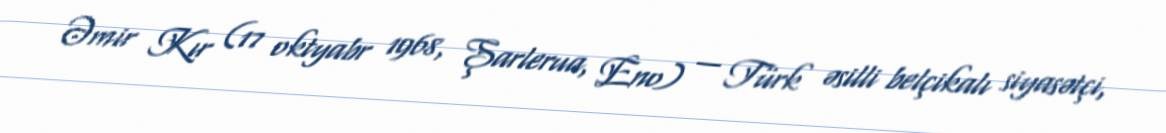
Əmir Kır (17 oktyabr 1968, Şarlerua, Eno) — Türk əsilli belçikalı siyasətçi,